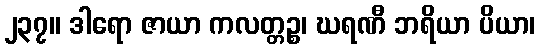
၂၃၇။ ဒါရော ဇာယာ ကလတ္တဉ္စ၊ ဃရဏီ ဘရိယာ ပိယာ၊